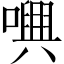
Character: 𡁝